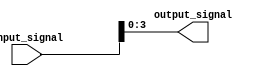
module bit_select_assign (
    input [7:0] input_signal,
    output reg [3:0] output_signal
);

always @* begin
    output_signal = input_signal[3:0]; // Assigning bits 3 to 0 from input_signal to output_signal
end

endmodule